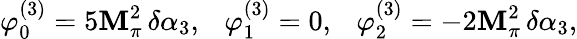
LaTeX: \varphi_{0}^{(3)}=5\mathbf{M}_{\pi}^{2}\, \delta\alpha_{3},~~~\varphi_{1}^{(3)}=0,~~~\varphi_{2}^{(3)}=-2\mathbf{M}_{\pi}^{2}\, \delta\alpha_{3},